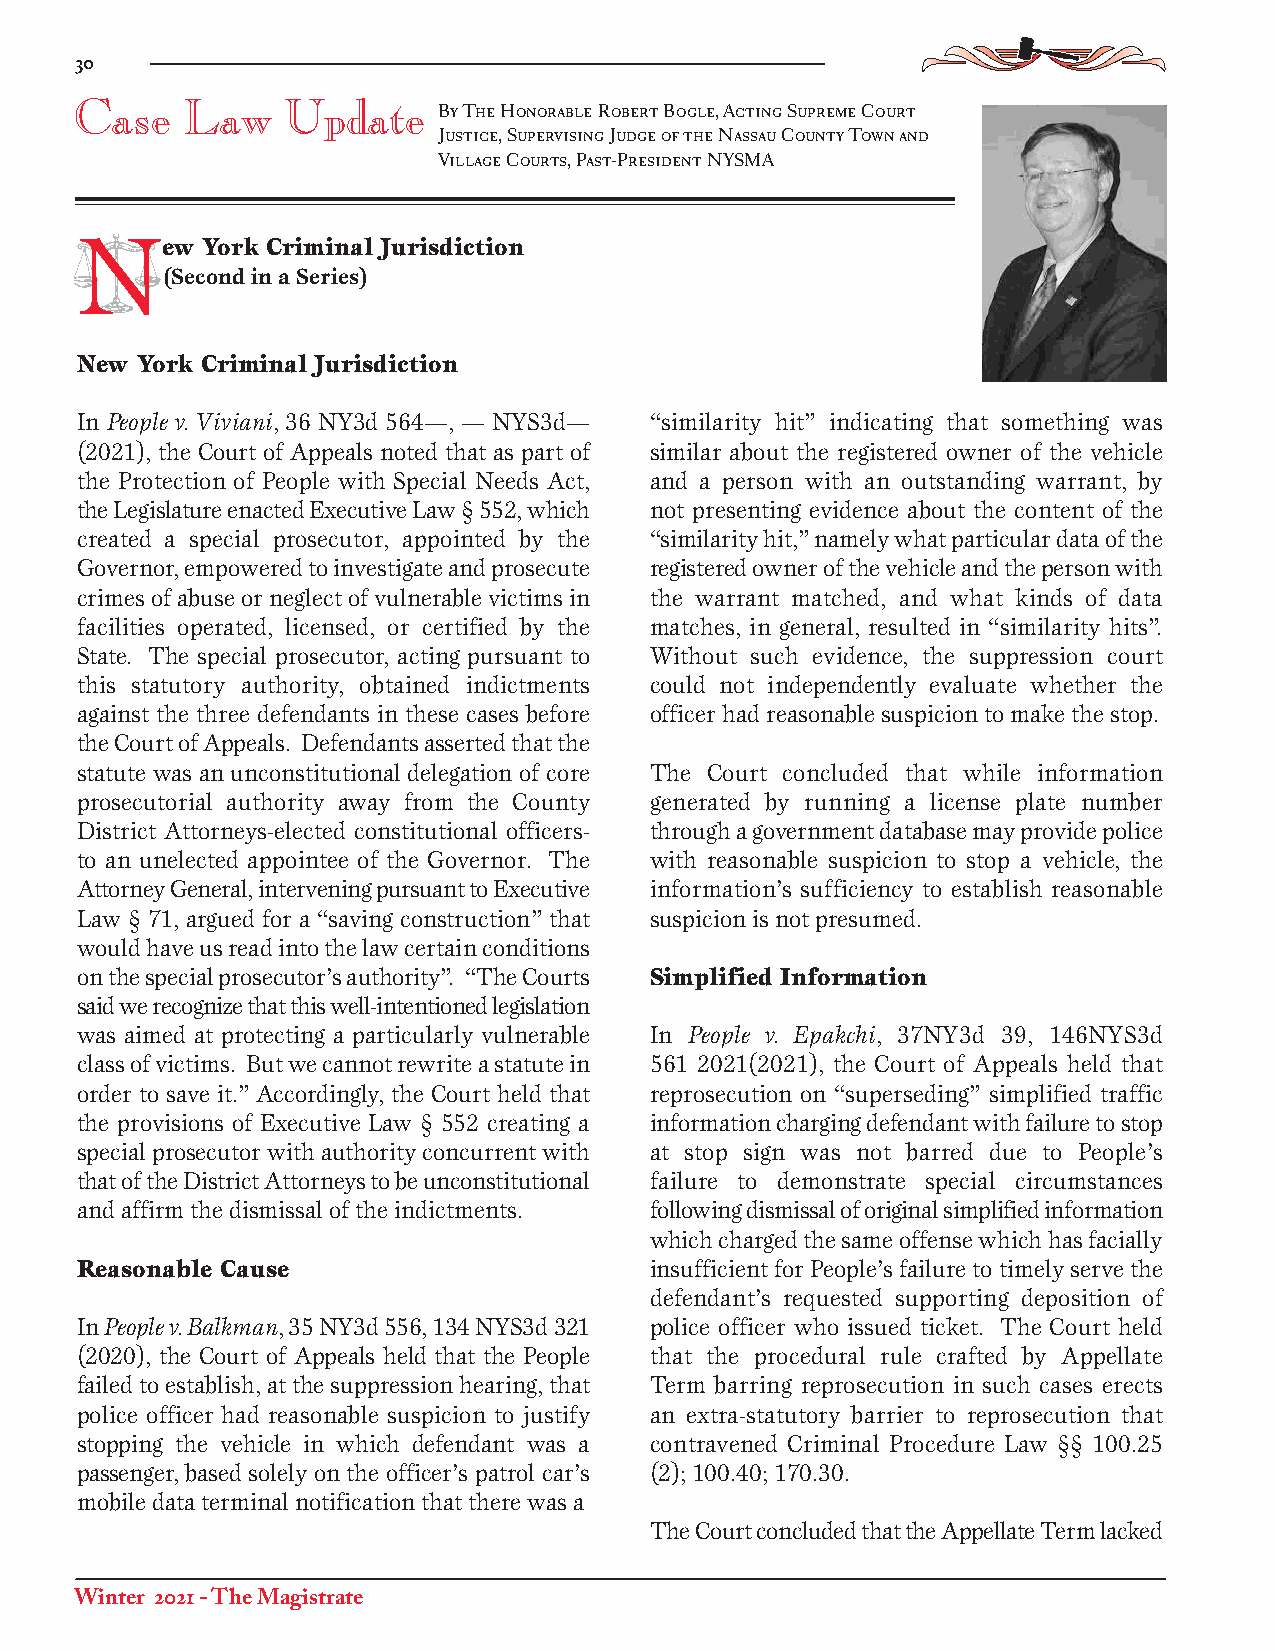
30
 Case   Law    Update
 By The Honorable Robert Bogle, Acting Supreme Court
 Justice, Supervising Judge of the Nassau County Town and
 Village Courts, Past-President NYSMA
 N
 ew York Criminal Jurisdiction
 (Second in a Series)
 New York Criminal Jurisdiction
 In People v. Viviani, 36 NY3d 564—, — NYS3d— “similarity hit” indicating that something was
 (2021), the Court of Appeals noted that as part of similar about the registered owner of the vehicle
 the Protection of People with Special Needs Act, and a person with an outstanding warrant, by
 the Legislature enacted Executive Law § 552, which not presenting evidence about the content of the
 created a special prosecutor, appointed by the “similarity hit,” namely what particular data of the
 Governor, empowered to investigate and prosecute registered owner of the vehicle and the person with
 crimes of abuse or neglect of vulnerable victims in the warrant matched, and what kinds of data
 facilities operated, licensed, or certified by the matches, in general, resulted in “similarity hits”.
 State. The special prosecutor, acting pursuant to Without such evidence, the suppression court
 this statutory authority, obtained indictments could not independently evaluate whether the
 against the three defendants in these cases before officer had reasonable suspicion to make the stop.
 the Court of Appeals. Defendants asserted that the
 statute was an unconstitutional delegation of core The Court concluded that while information
 prosecutorial authority away from the County generated by running a license plate number
 District Attorneys-elected constitutional officers- through a government database may provide police
 to an unelected appointee of the Governor. The with reasonable suspicion to stop a vehicle, the
 Attorney General, intervening pursuant to Executive information’s sufficiency to establish reasonable
 Law § 71, argued for a “saving construction” that suspicion is not presumed.
 would have us read into the law certain conditions
 on the special prosecutor’s authority”. “The Courts Simplified Information
 said we recognize that this well-intentioned legislation
 was aimed at protecting a particularly vulnerable In People v. Epakchi, 37NY3d 39, 146NYS3d
 class of victims. But we cannot rewrite a statute in 561 2021(2021), the Court of Appeals held that
 order to save it.” Accordingly, the Court held that reprosecution on “superseding” simplified traffic
 the provisions of Executive Law § 552 creating a information charging defendant with failure to stop
 special prosecutor with authority concurrent with at stop sign was not barred due to People’s
 that of the District Attorneys to be unconstitutional failure to demonstrate special circumstances
 and affirm the dismissal of the indictments. following dismissal of original simplified information
 which charged the same offense which has facially
 Reasonable Cause                      insufficient for People’s failure to timely serve the
 defendant’s requested supporting deposition of
 In People v. Balkman, 35 NY3d 556, 134 NYS3d 321 police officer who issued ticket. The Court held
 (2020), the Court of Appeals held that the People that the procedural rule crafted by Appellate
 failed to establish, at the suppression hearing, that Term barring reprosecution in such cases erects
 police officer had reasonable suspicion to justify an extra-statutory barrier to reprosecution that
 stopping the vehicle in which defendant was a contravened Criminal Procedure Law §§ 100.25
 passenger, based solely on the officer’s patrol car’s (2); 100.40; 170.30.
 mobile data terminal notification that there was a
 The Court concluded that the Appellate Term lacked
 Winter 2021 - The Magistrate